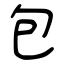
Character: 包